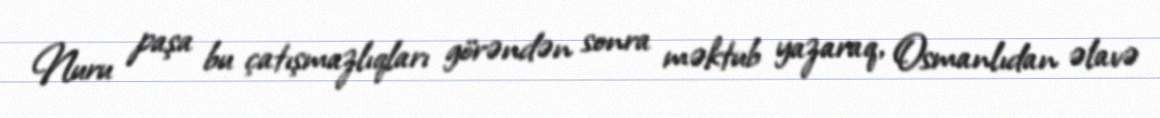
Nuru paşa bu çatışmazlıqları görəndən sonra məktub yazaraq, Osmanlıdan əlavə